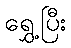
ရွှေ့ပြီး